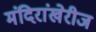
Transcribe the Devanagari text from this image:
मंदिरांखेरीज